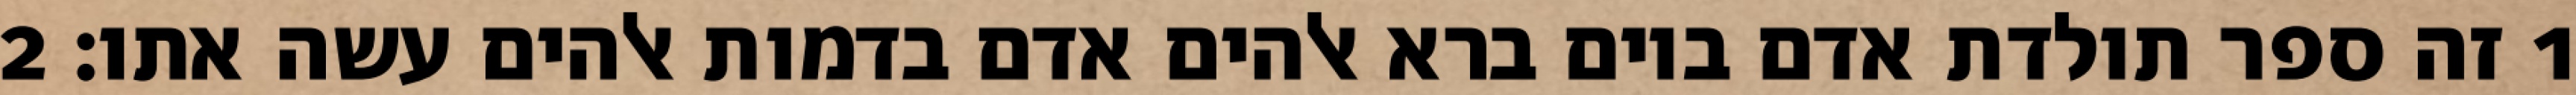
1 זה ספר תולדת אדם ביום ברא אלהים אדם בדמות אלהים עשה אתו׃ ‎2‏